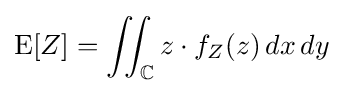
\operatorname {E} [Z]=\iint _{\mathbb {C} }z\cdot f_{Z}(z)\,dx\,dy